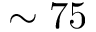
\sim 7 5